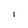
Character: l